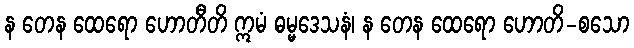
န တေန ထေရော ဟောတီတိ ဣမံ ဓမ္မဒေသနံ၊ န တေန ထေရော ဟောတိ-စသော